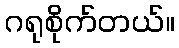
ဂရုစိုက်တယ်။